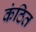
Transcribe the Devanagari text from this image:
कंठित